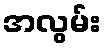
အလွမ်း